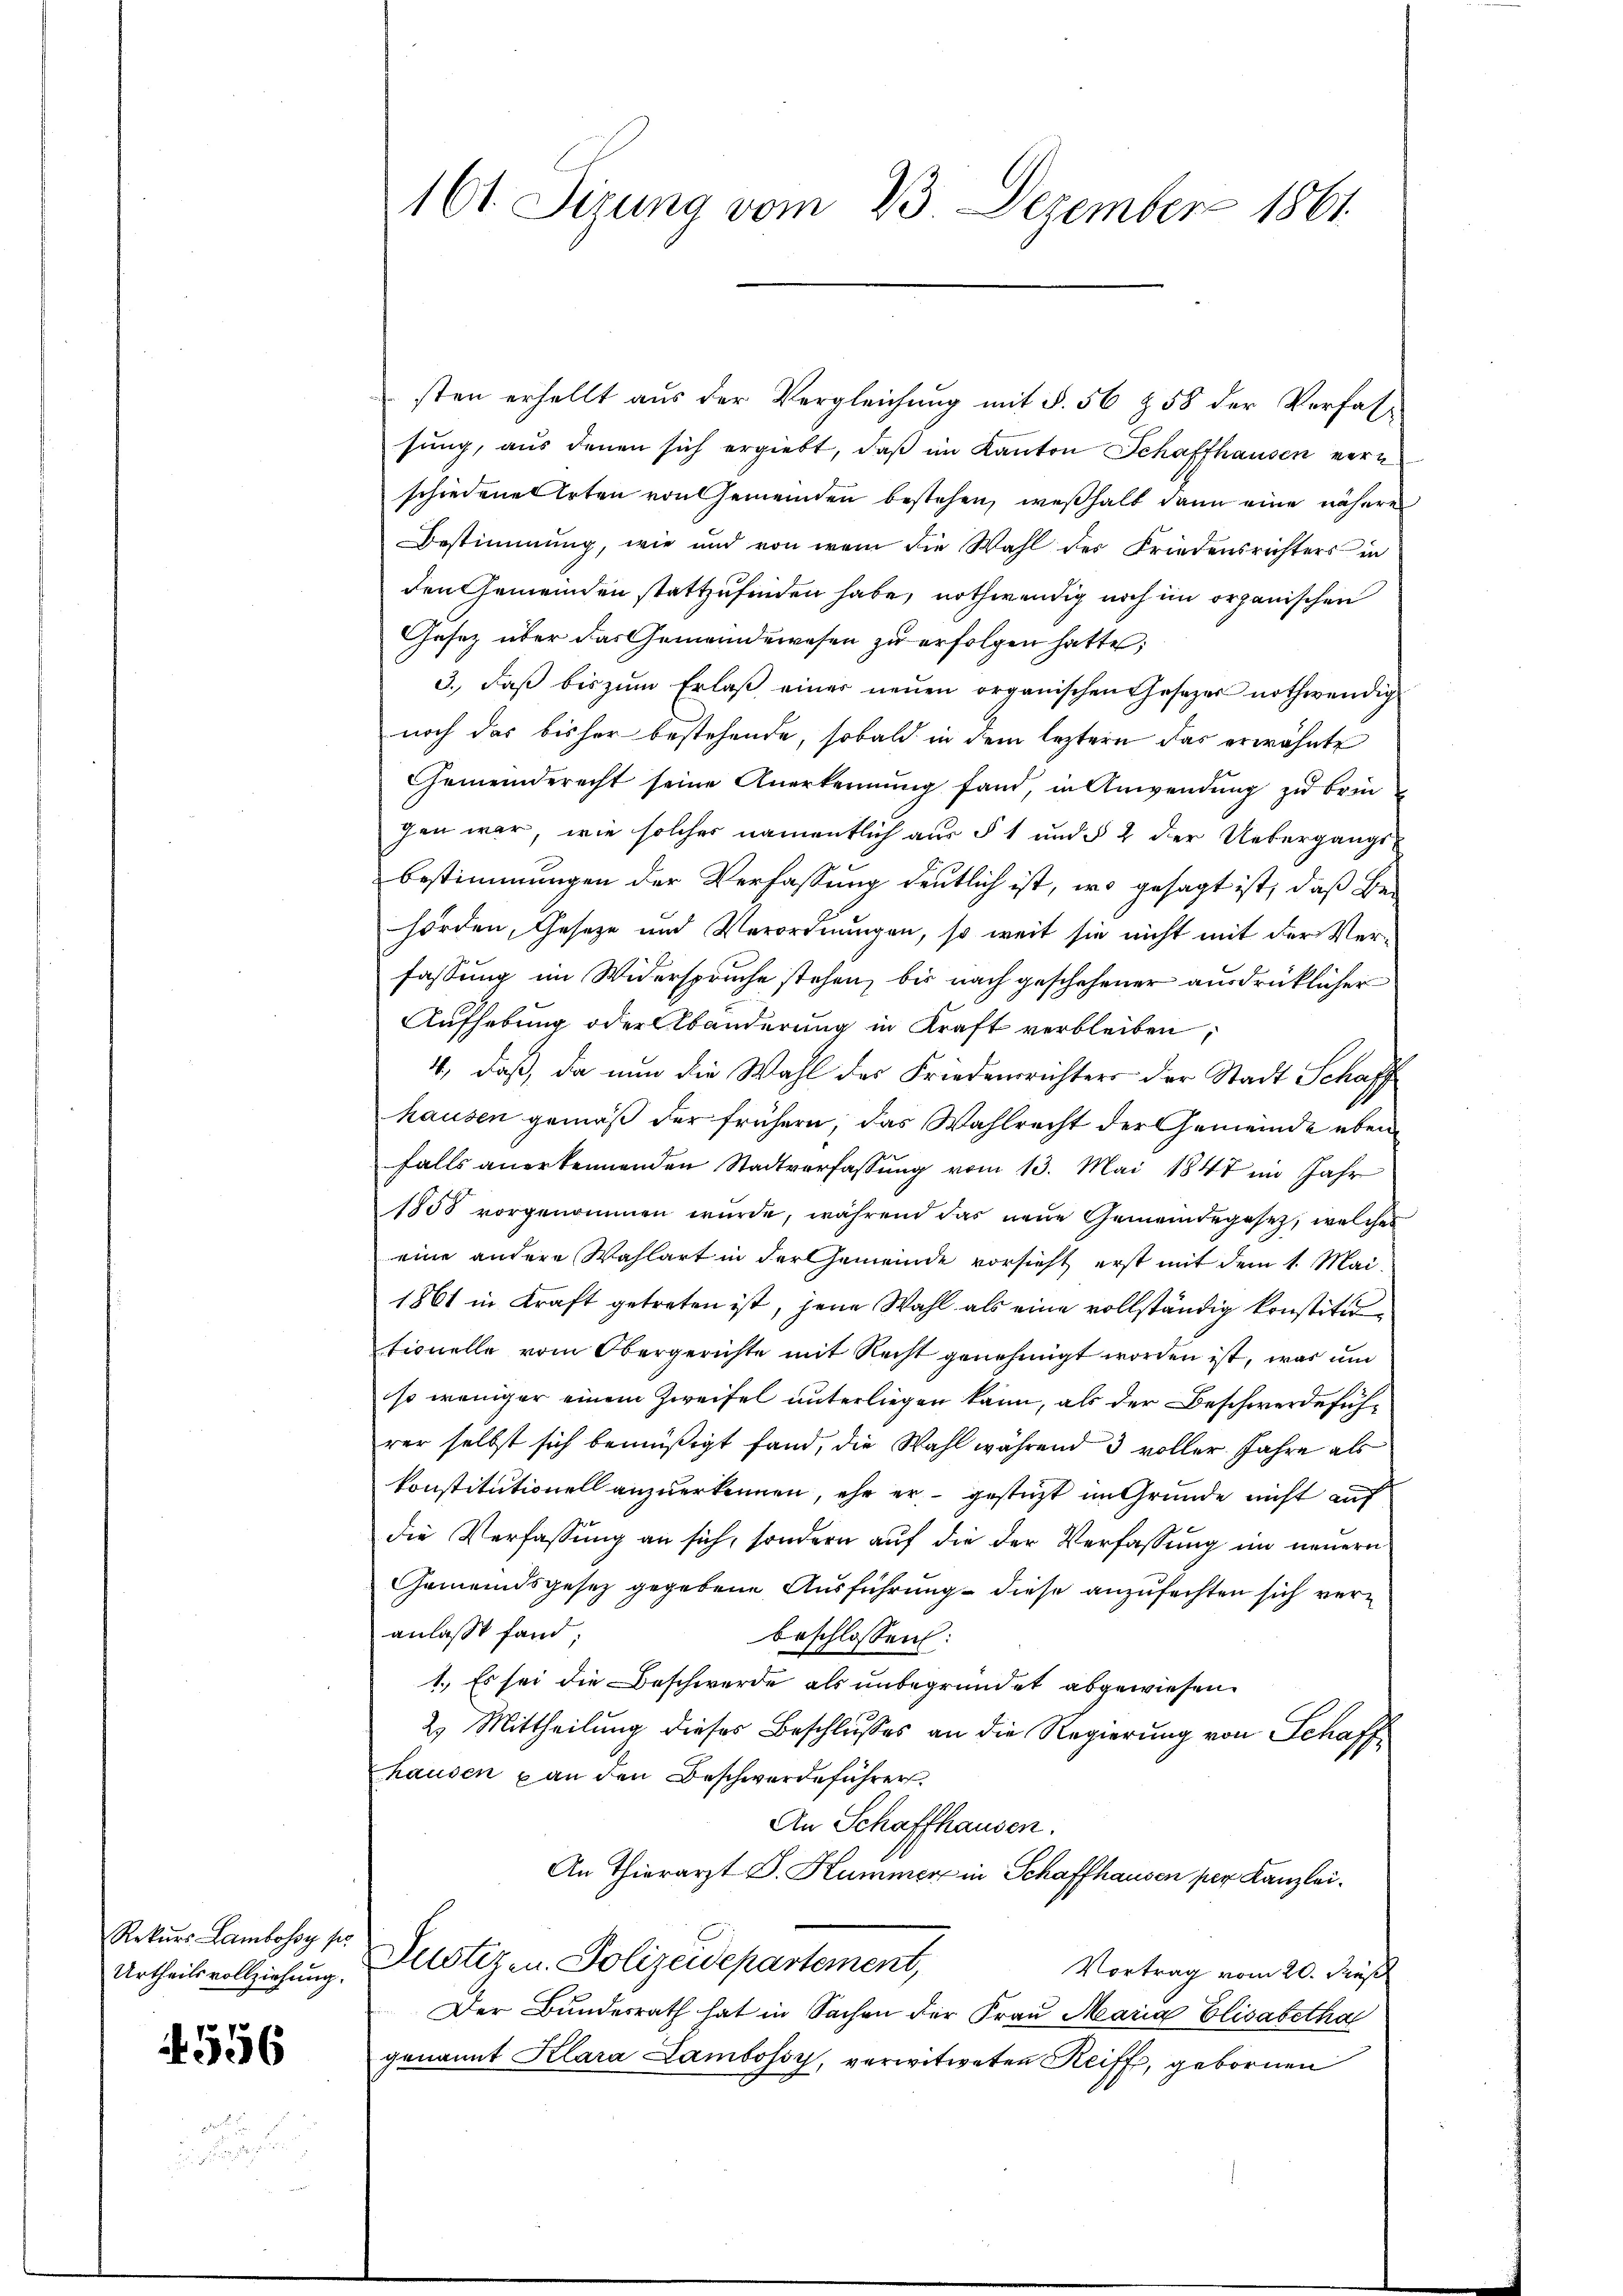
Rekurs Lambossy so
Urtheilsvollziehung.

556

161. Sezung vom 23. Dezember 1861.

sten erhellt aus der Vergleichung mit §. 56 § 58 der Verfassung, aus denen sich ergiebt, daβ im Kanton Schaffhausen vern
schiedenes Arten von Gemeinden bestehen, weßhalb dann eine nähere
Bestimmung, wie und von wem die Wahl der Friedensrichters in
den Gemeinden stattzufinden habe, nothwendig noch im organischen
Gesetz über das Gemeindewesen zu erfolgen hatte;
3. daβ bis zŭm Erlaβ einer neŭen organischen Gesezer nothwendig
noch das bisher bestehende, sobald in dem leztern das erwähnte
Gemeinderecht seine Anerkennung fand, in Anwendung zu brin
gen war, wie solches namentlich aus § 1 und § 2 der Uebergangs
Bestimmungen der Verfassung deutlich ist, wo gesagt ist, daß Behörden, Geseze und Verordnungen, so weit sie nicht mit der Verfassung im Widerspruche stehen, bis nach geschehener ausdrücklicher
Aufhebung oder Abänderung in Kraft verbleiben,
4, daß, da nun die Wahl des Friedensrichters der Stadt Schaff
hausen gemäß der frühern, das Wahlrecht der Gemeinde eben
falls anerkennenden Stadtverfassŭng vom 13. Mai 1847 im Jahr
1858 vorgenommen wurde, während das neue Gemeindegesetz, welches
eine andere Wahlart in der Gemeinde vorsieht erst mit dem 1. Mai¬
1861 in Kraft getreten ist, jene Wahl als eine vollständig konstitu
tionelle vom Obergerichte mit Recht genehmigt worden ist, was und
so weniger einem Zweifel unterliegen kann, als der Beschwerdeführer selbst sich bemüßigt fand, die Wahl während 3 voller Jahre als
konstitutionell anzuerkennen, ehe er gestüzt im Grunde nicht auf
die Verfassung an sich, sondern auf die der Verfassung im neuern
Gemeindsgesez gegebene Ausführung diese anzufechten sich veranlasst fand,
beschlossen:
1. Es sei die Beschwerde als unbegründet abgewiesen.
2. Mittheilung dieses Beschlusses an die Regierung von Schaffhausen & an den Beschwerdeführer
An Schaffhausen.
An Thierarzt G. Kummer in Schaffhausen per Kanzlei.
Justiz- u. Polizeidepartement,
Vortrag vom 20. Fuß
Der Bundesrath hat in Sachen der Frau Maria Elisabetha
genannt Klara Lambossy, verwitweten Reiff, gebornen